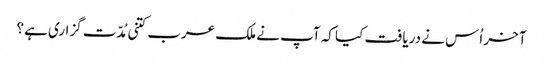
آخر اُس نے دریافت کیا کہ آپ نے ملک عرب کتنی مُدّت گزاری ہے؟